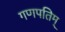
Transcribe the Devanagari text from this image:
गणपतिम्‌